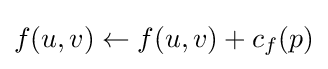
f(u,v)\leftarrow f(u,v)+c_{f}(p)